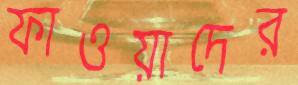
ফাওয়াদের